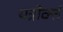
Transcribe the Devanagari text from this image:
यत्रोक्तं